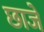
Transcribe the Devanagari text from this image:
छाजे